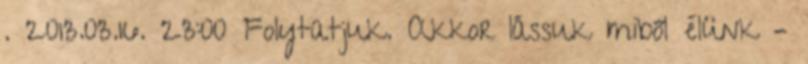
. 2013.03.16. 23:00 Folytatjuk. Akkor lássuk miből élünk –